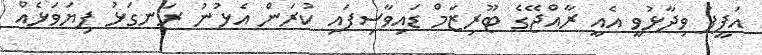
އަފީފު ވިދާޅުވީ އެއީ ރާއްޖޭގެ ޓޫރިޒަމް ޑައިވާސިފައި ކުރަން އެޅުނު ރަނގަޅު ފިޔަވަޅެއް